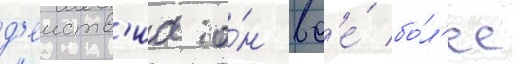
д'еиств'иа о́н вс'е́ бо́л'ее